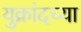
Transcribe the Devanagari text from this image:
युक्रांदच्या